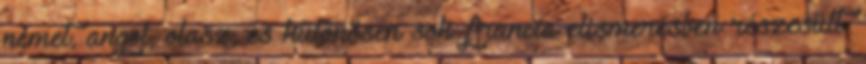
német, angol, olasz, és különösen sok francia elismerésben részesült.